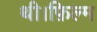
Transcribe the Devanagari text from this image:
थी।फ़िल्म